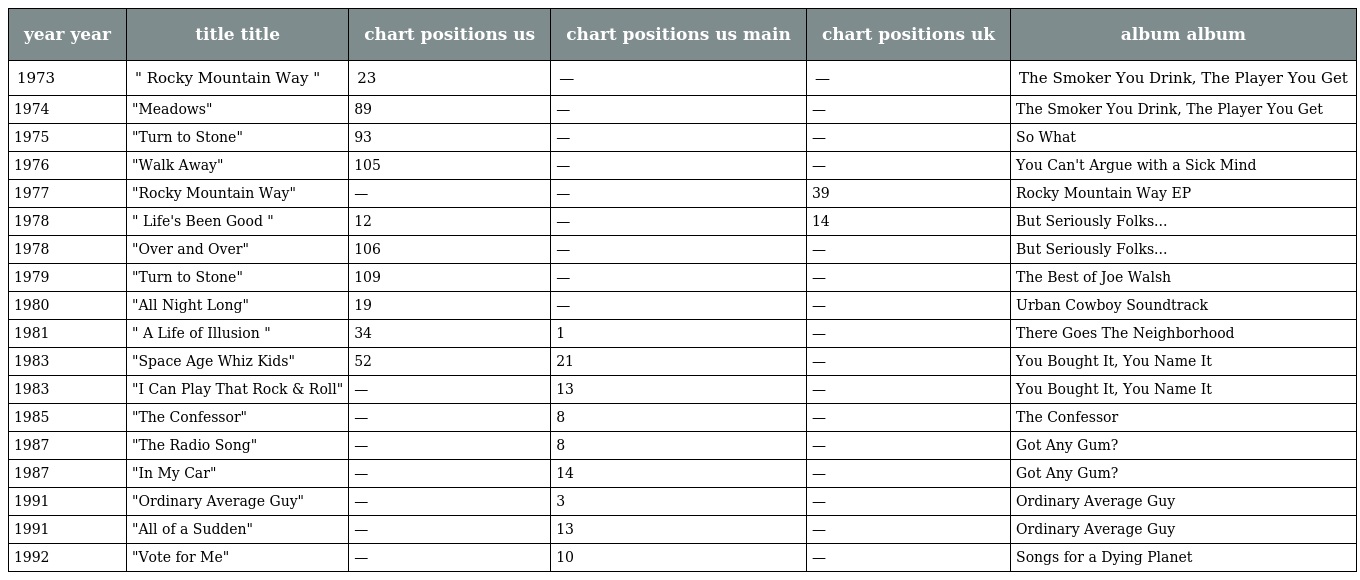
| year year | title title | chart positions us | chart positions us main | chart positions uk | album album |
 | --- | --- | --- | --- | --- | --- |
 | 1973 | " Rocky Mountain Way " | 23 | — | — | The Smoker You Drink, The Player You Get |
 | 1974 | "Meadows" | 89 | — | — | The Smoker You Drink, The Player You Get |
 | 1975 | "Turn to Stone" | 93 | — | — | So What |
 | 1976 | "Walk Away" | 105 | — | — | You Can't Argue with a Sick Mind |
 | 1977 | "Rocky Mountain Way" | — | — | 39 | Rocky Mountain Way EP |
 | 1978 | " Life's Been Good " | 12 | — | 14 | But Seriously Folks... |
 | 1978 | "Over and Over" | 106 | — | — | But Seriously Folks... |
 | 1979 | "Turn to Stone" | 109 | — | — | The Best of Joe Walsh |
 | 1980 | "All Night Long" | 19 | — | — | Urban Cowboy Soundtrack |
 | 1981 | " A Life of Illusion " | 34 | 1 | — | There Goes The Neighborhood |
 | 1983 | "Space Age Whiz Kids" | 52 | 21 | — | You Bought It, You Name It |
 | 1983 | "I Can Play That Rock & Roll" | — | 13 | — | You Bought It, You Name It |
 | 1985 | "The Confessor" | — | 8 | — | The Confessor |
 | 1987 | "The Radio Song" | — | 8 | — | Got Any Gum? |
 | 1987 | "In My Car" | — | 14 | — | Got Any Gum? |
 | 1991 | "Ordinary Average Guy" | — | 3 | — | Ordinary Average Guy |
 | 1991 | "All of a Sudden" | — | 13 | — | Ordinary Average Guy |
 | 1992 | "Vote for Me" | — | 10 | — | Songs for a Dying Planet |